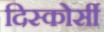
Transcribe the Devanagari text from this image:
दिस्कोर्सी